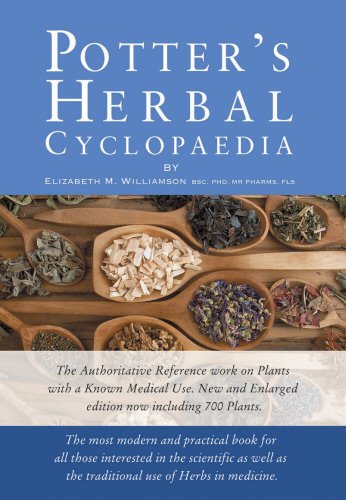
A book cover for Potter's Herbal Cyclopaedia: The Most Modern and Practical Book for All Those Interested in the Scientific As Well As the Traditional Use of Herbs in Medicine; Elizabeth M. Williamson; Health, Fitness & Dieting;